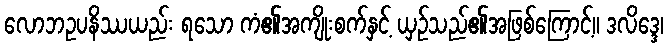
လောဘဥပနိဿယည်း ရသော ကံ၏အကျိုးစက်နှင့် ယှဉ်သည်၏အဖြစ်ကြောင့်။ ဒလိဒ္ဒေ၊